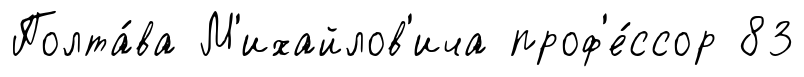
Полта́ва М'ихайлов'ича проф'е́ссор 83